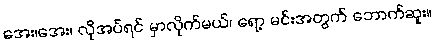
အေး၊အေး၊ လိုအပ်ရင် မှာလိုက်မယ်၊ ရော့ မင်းအတွက် ဘောက်ဆူး။